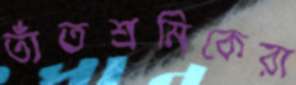
তাঁতশ্রমিকেরা